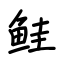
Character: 鲑